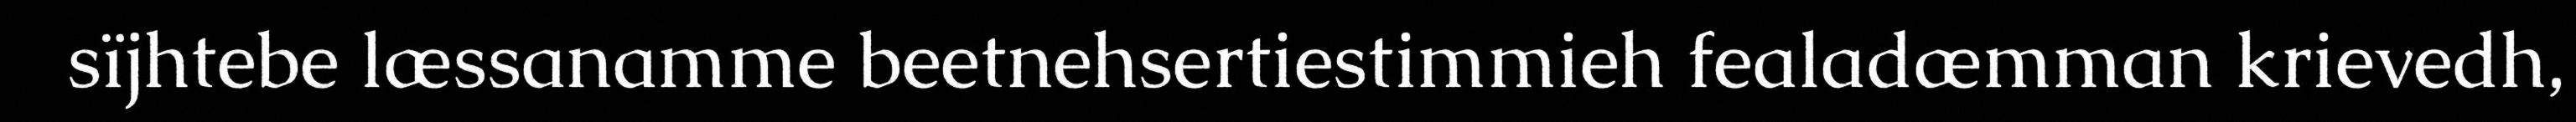
sïjhtebe læssanamme beetnehsertiestimmieh fealadæmman krievedh,